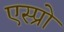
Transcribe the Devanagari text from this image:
एस्प्रो